Civil Veterinary Dept. Bombay admin report 1900-1906 - 1900-1906
Year: 1900
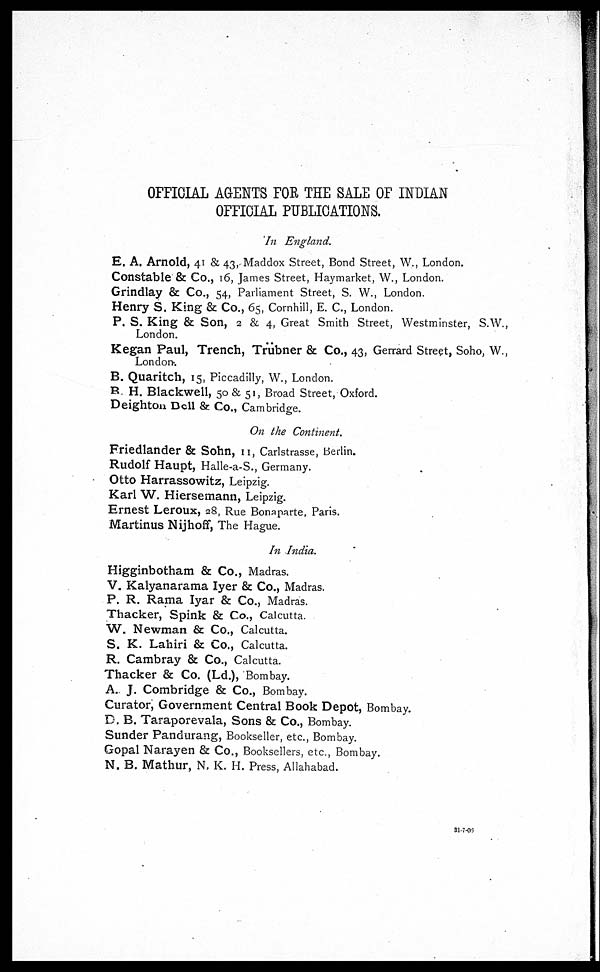
OFFICIAL AGENTS FOE THE SALE OF INDIAN
OFFICIAL PUBLICATIONS.
In England.
E. A. Arnold, 41 & 43, Maddox Street, Bond Street, W., London.
Constable & Co., 16, James Street, Haymarket, W., London.
Grindlay & Co., 54, Parliament Street, S. W., London.
Henry S. King & Co., 65, Cornhill, E. C, London.
P. S. King & Son, 2 & 4, Great Smith Street, Westminster, S.W.,
London.
Kegan Paul, Trench, Trübner & Co., 43, Gerrard Street, Soho, W.,
London.
B. Quaritch, 15, Piccadilly, W., London.
B. H. Blackwell, 50 & 51, Broad Street, Oxford.
Deighton Dell & Co., Cambridge.
On the Continent.
Eriedlander & Sohn, 11, Carlstrasse, Berlin.
Rudolf Haupt, Halle-a-S., Germany.
Otto Harrassowitz, Leipzig.
Karl W. Hiersemann, Leipzig.
Ernest Leroux, 28, Rue Bonaparte, Paris.
Martinus Nijhoff, The Hague.
In India.
Higginbotham & Co., Madras.
V. Kaiyanarama Iyer & Co., Madras.
P. R. Rama Iyar & Co., Madras.
Thacker, Spink & Co., Calcutta.
W. Newman & Co., Calcutta.
S. K. Lahiri & Co., Calcutta.
R. Cambray & Co., Calcutta.
Thacker & Co. (Ld.), Bombay.
A. J. Combridge & Co., Bombay.
Curator, Government Central Book Depot, Bombay.
D. B. Taraporevala, Sons & Co., Bombay.
Sunder Pandurang, Bookseller, etc., Bombay.
Gopal Narayen & Co., Booksellers, etc., Bombay.
N. B. Mathur, N. K. H. Press, Allahabad.
31-7-06